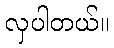
လှပါတယ်။